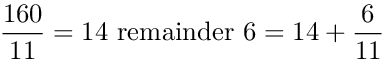
{ \frac { 1 6 0 } { 1 1 } } = 1 4 { \mathrm { ~ r e m a i n d e r ~ } } 6 = 1 4 + { \frac { 6 } { 1 1 } }